Elephants and their diseases
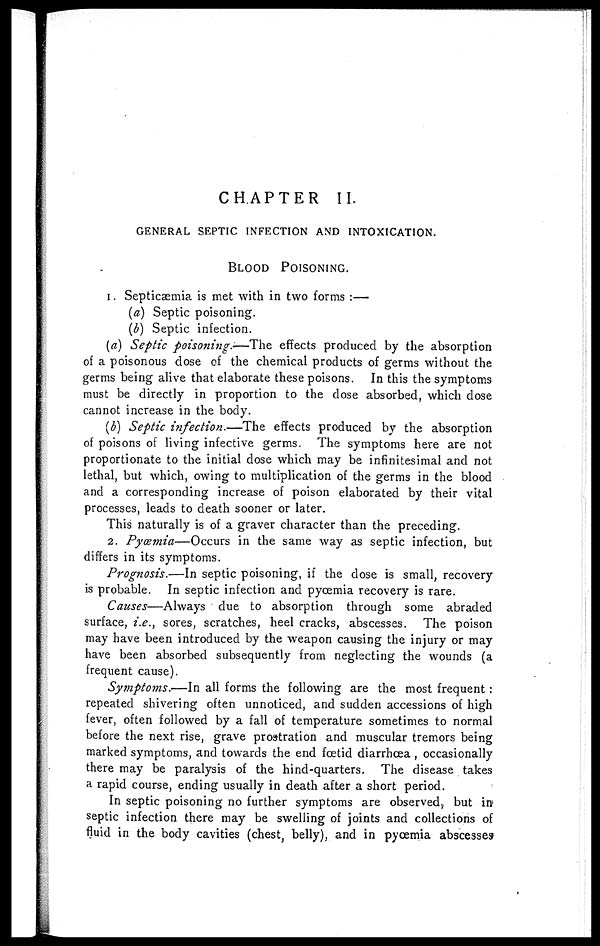
CHAPTER
II.
GENERAL SEPTIC INFECTION AND INTOXICATION.
BLOOD
POISONING.
1. Septicaemia is met with in two forms :—
(a) Septic poisoning.
(b) Septic infection.
(a) Septic poisoning.—The effects produced by the absorption
of a poisonous dose of the chemical products of germs without the
germs being alive that elaborate these poisons. In this the symptoms
must be directly in proportion to the dose absorbed, which dose
cannot increase in the body.
(b) Septic infection.—The
effects produced by the absorption
of poisons of living infective germs. The symptoms here are not
proportionate to the initial dose which may be infinitesimal and not
lethal, but which, owing to multiplication of the germs in the blood
and a corresponding increase of poison elaborated by their vital
processes, leads to death sooner or later.
This naturally is of a graver character than the preceding.
2. Pyaemia—Occurs in the same way as septic infection, but
differs in its symptoms.
Prognosis.—In septic poisoning, if the dose is small, recovery
is probable. In septic infection and pyœmia recovery is rare.
Causes—Always
due to absorption through some abraded
surface, i.e., sores, scratches, heel cracks, abscesses. The poison
may have been introduced by the weapon causing the injury or may
have been absorbed subsequently from neglecting the wounds (a
frequent cause).
Symptoms.—In all forms the following are the most frequent :
repeated shivering often unnoticed, and sudden accessions of high
fever, often followed by a fall of temperature sometimes to normal
before the next rise, grave prostration and muscular tremors being
marked symptoms, and towards the end foetid diarrhoea , occasionally
there may be paralysis of the hind-quarters. The disease takes
a rapid course, ending usually in death after a short period.
In septic poisoning no further symptoms are observed, but in
septic infection there may be swelling of joints and collections of
fluid in the body cavities (chest, belly), and in pyœmia abscesses